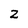
Character: 2